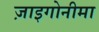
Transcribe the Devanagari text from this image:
ज़ाइगोनीमा